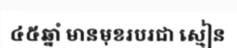
៤៥ឆ្នាំ មានមុខរបរជា ស្មៀន